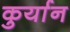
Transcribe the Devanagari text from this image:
कुर्यान